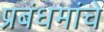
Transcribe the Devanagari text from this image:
प्रबंधमांचे